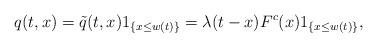
LaTeX: \begin{align*} q(t,x) = \tilde{q}(t,x)1_{\{x \le w(t) \}} = \lambda(t-x)F^c (x) 1_{\{x \le w(t)\}},\end{align*}